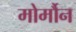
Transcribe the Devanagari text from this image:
मोर्मौन